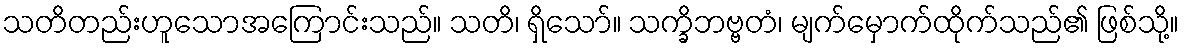
သတိတည်းဟူသောအကြောင်းသည်။ သတိ၊ ရှိသော်။ သက္ခိဘဗ္ဗတံ၊ မျက်မှောက်ထိုက်သည်၏ ဖြစ်သို့။